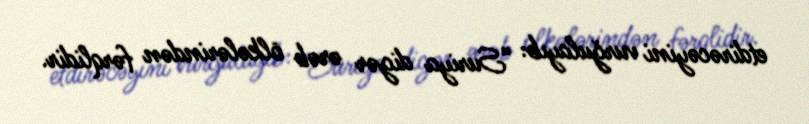
etdirəcəyini vurğulayıb: “Suriya digər ərəb ölkələrindən fərqlidir.